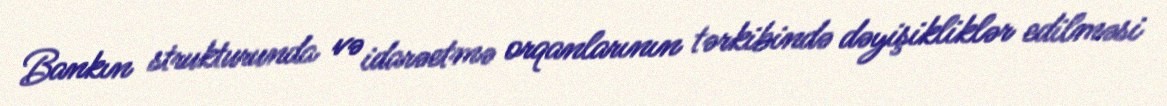
Bankın strukturunda və idarəetmə orqanlarının tərkibində dəyişikliklər edilməsi